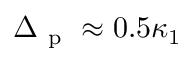
\Delta _ { \mathrm { ~ p ~ } } \approx 0 . 5 \kappa _ { 1 }